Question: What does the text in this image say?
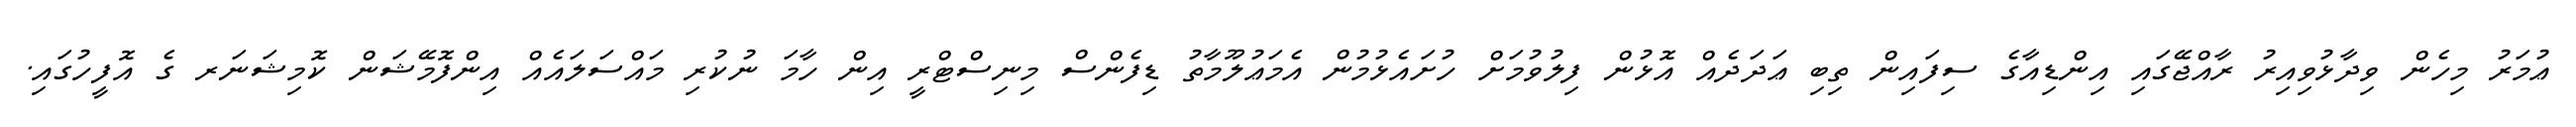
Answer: ޢުމަރު މިހެން ވިދާޅުވިއިރު ރާއްޖޭގައި އިންޑިއާގެ ސިފައިން ތިބި ޢަދަދެއް އޮޅުން ފިލުވުމަށް ހުށައެޅުމުން އެމަޢުލޫމާތު ޑިފެންސް މިނިސްޓްރީ އިން ހާމަ ނުކުރި މައްސަލައެއް އިންފޮމޭޝަން ކޮމިޝަނަރ ގެ އޮފީހުގައި.